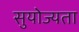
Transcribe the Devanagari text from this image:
सुयोज्यता